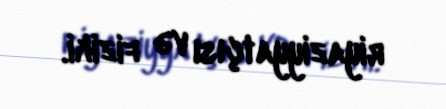
riyaziyyatçısı və fiziki.